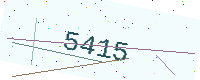
Text: 5415